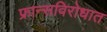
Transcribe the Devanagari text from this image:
फ्रान्सविरोधात